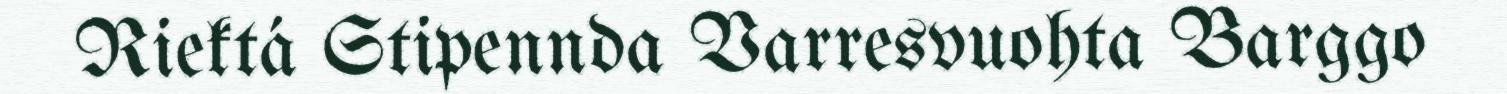
Riektá Stipennda Varresvuohta Barggo